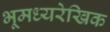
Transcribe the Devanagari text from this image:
भूमध्यरेखिक